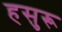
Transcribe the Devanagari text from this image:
हसुरू